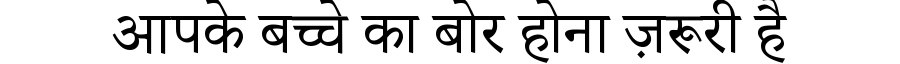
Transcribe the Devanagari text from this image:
आपके बच्चे का बोर होना ज़रूरी है